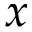
x